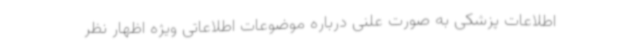
اطلاعات پزشکی به صورت علنی درباره موضوعات اطلاعاتی ویژه اظهار نظر